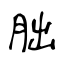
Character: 朏